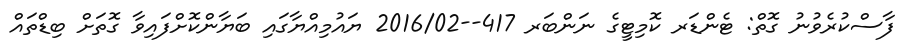
ފާސްކުރެވުނު ގޮތް: ޓެންޑަރ ކޮމިޓީގެ ނަންބަރ 417--2016/02 ޔައުމިއްޔާގައި ބަޔާންކޮށްފައިވާ ގޮތަށް ބިޑްތައް